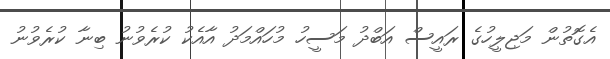
އެގޮތުން މަޖިލީހުގެ ރައީސް އަބްދު މަސީހު މުހައްމަދު އާއެކު ކުރެވުނު ބިނާ ކުރެވުނު